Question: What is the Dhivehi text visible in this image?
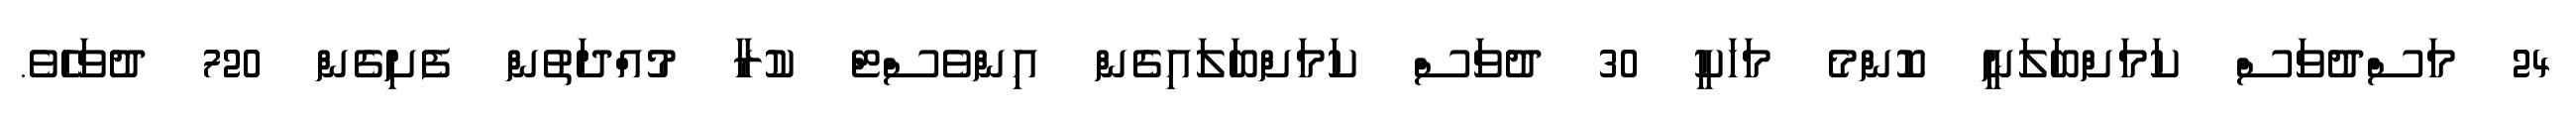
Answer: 24 މަސްދުވަސް ކަމަށްބަލަނީ ކޮންމެ މަހަކީ 30 ދުވަސް ކަމަށްބަލައިގެން އިންވެސްޓް ކުރާ މުއްދަތުން ފެށިގެން 720 ދުވަހެވެ.